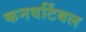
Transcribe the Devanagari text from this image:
कनवर्टिबल